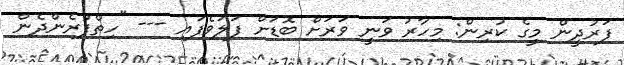
ފަރުދީން މީގެ ކުރިން: މިހާރު ވަނީ ވަރަށް ބޮޑަށް ފަލަވެފައި --- "ހިތްފުރެންދެން